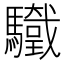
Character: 𩧀